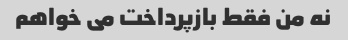
نه من فقط بازپرداخت می خواهم